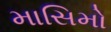
માસિમો